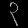
Digit: ၃